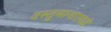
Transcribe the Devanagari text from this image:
वस्तुमानाएवढे